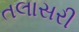
તલાસરી